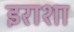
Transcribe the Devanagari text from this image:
इराशा